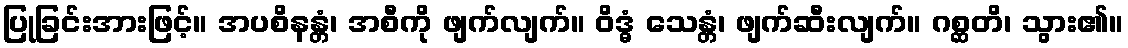
ပြုခြင်းအားဖြင့်။ အပစိနန္တံ၊ အစီကို ဖျက်လျက်။ ဝိဒ္ဓံ သေန္တံ၊ ဖျက်ဆီးလျက်။ ဂစ္ဆတိ၊ သွား၏။